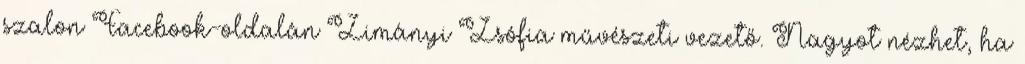
szalon Facebook-oldalán Zimányi Zsófia művészeti vezető. Nagyot nézhet, ha